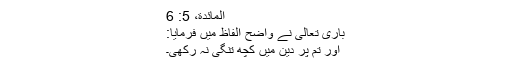
المائدة، 5: 6
باری تعالیٰ نے واضح الفاظ میں فرمایا:
اور تم پر دین میں کچھ تنگی نہ رکھی۔